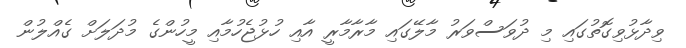
ވިދާޅުވިގޮތުގައި މި ދުވަސްވަރު މާލޭގައި މާރާމާރީ އާއި ހުޅުޖެހުމާއި މީހުންގެ މުދަލަށް ގެއްލުން